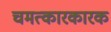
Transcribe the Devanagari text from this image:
चमत्कारकारक